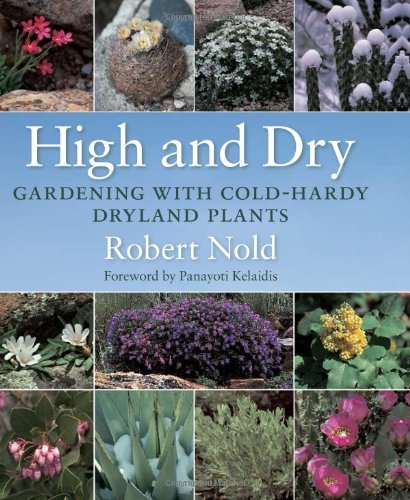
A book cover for High and Dry: Gardening with Cold-Hardy Dryland Plants; Robert Nold; Crafts, Hobbies & Home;